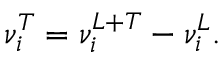
\nu _ { i } ^ { T } = \nu _ { i } ^ { L + T } - \nu _ { i } ^ { L } .